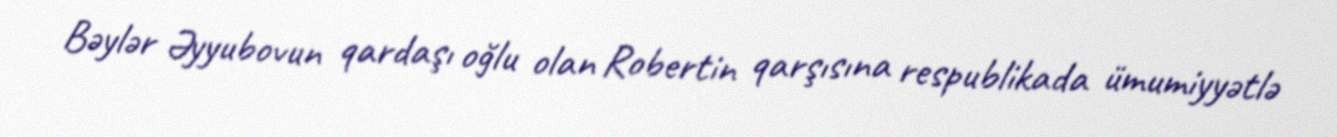
Bəylər Əyyubovun qardaşı oğlu olan Robertin qarşısına respublikada ümumiyyətlə